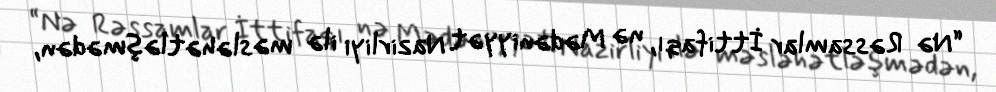
“Nə Rəssamlar İttifaqı, nə Mədəniyyət Nazirliyi ilə məsləhətləşmədən,